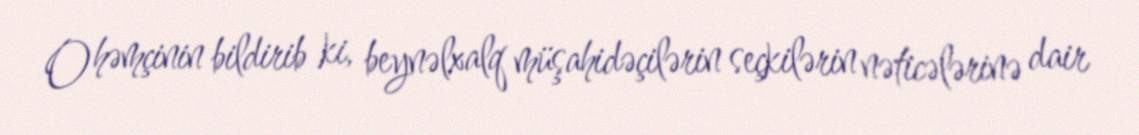
O həmçinin bildirib ki, beynəlxalq müşahidəçilərin seçkilərin nəticələrinə dair